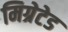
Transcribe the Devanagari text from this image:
मिग्रेटेड